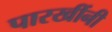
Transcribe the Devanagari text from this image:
पारखींनी